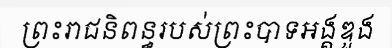
ព្រះរាជនិពន្ធរបស់ព្រះបាទអង្គឌួង